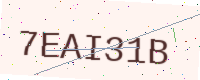
Text: 7EAI31B